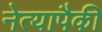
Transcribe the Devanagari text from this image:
नेत्यापैकी